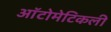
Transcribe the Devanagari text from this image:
ऑटोमेटिकली